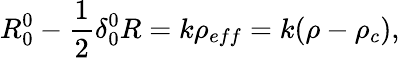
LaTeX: R_{0}^{0}-\frac{1}{2}\delta_{0}^{0}R=k\rho_{eff}=k(\rho-\rho_{c}),